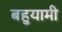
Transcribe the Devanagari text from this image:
बहुयामी